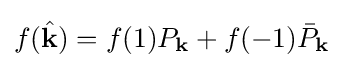
f({\hat {\mathbf {k} }})=f(1)P_{\mathbf {k} }+f(-1){\bar {P}}_{\mathbf {k} }